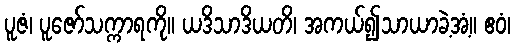
ပူဇံ၊ ပူဇော်သက္ကာရကို။ ယဒိသာဒိယတိ၊ အကယ်၍သာယာခဲ့အံ့။ ဧဝံ၊